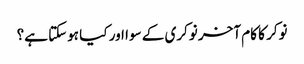
نوکر کا کام آخر نوکری کے سوا اور کیا ہوسکتا ہے؟